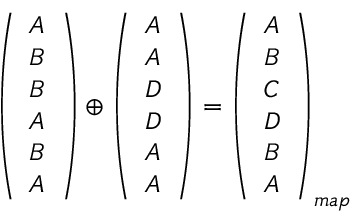
\begin{array} { r } { \left( \begin{array} { c } { A } \\ { B } \\ { B } \\ { A } \\ { B } \\ { A } \end{array} \right) \oplus \left( \begin{array} { c } { A } \\ { A } \\ { D } \\ { D } \\ { A } \\ { A } \end{array} \right) = \left( \begin{array} { c } { A } \\ { B } \\ { C } \\ { D } \\ { B } \\ { A } \end{array} \right) _ { m a p } } \end{array}